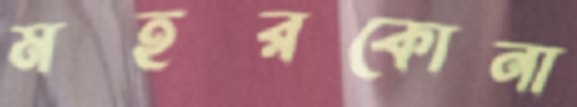
মহরকোনা